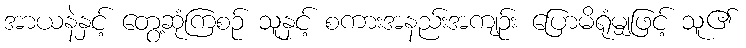
အာယနဲနှင့် တွေ့ဆုံကြစဉ် သူနှင့် စကားအနည်းအကျဉ်း ပြောမိရုံမျှဖြင့် သူ၏